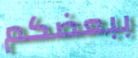
ببعضكم